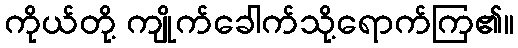
ကိုယ်တို့ ကျိုက်ခေါက်သို့ရောက်ကြ၏။